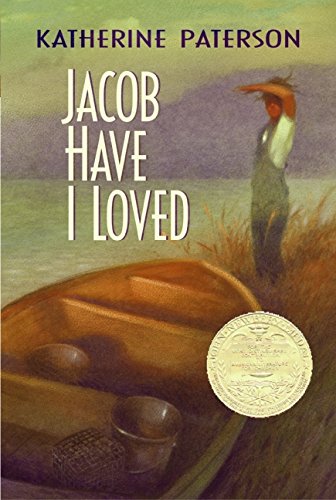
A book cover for Jacob Have I Loved; Katherine Paterson; Teen & Young Adult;